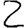
Digit: 2